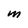
Character: M